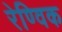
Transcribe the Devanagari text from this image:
रेण्विक